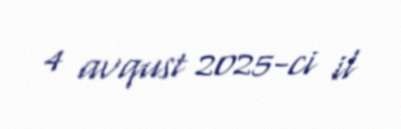
4 avqust 2025-ci il